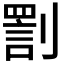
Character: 𠟟